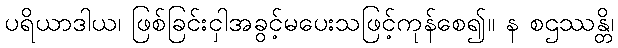
ပရိယာဒါယ၊ ဖြစ်ခြင်းငှါအခွင့်မပေးသဖြင့်ကုန်စေ၍။ န စဌဿန္တိ၊